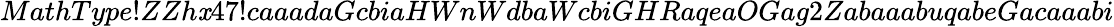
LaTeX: MathType!ZZh\mathit{x}47!caaadaGcbiaHWnWdbaWcbiGHRaqeaOGag2ZabaaabuqabeGacaaabi